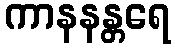
ကာနနန္တရေ